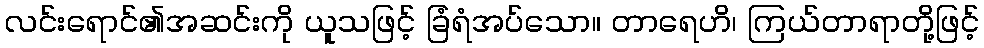
လင်းရောင်၏အဆင်းကို ယူသဖြင့် ခြံရံအပ်သော။ တာရေဟိ၊ ကြယ်တာရာတို့ဖြင့်